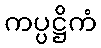
ကပ္ပဋ္ဌိကံ